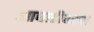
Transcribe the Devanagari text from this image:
आघाडीवरचा